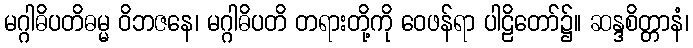
မဂ္ဂါဓိပတိဓမ္မ ဝိဘဇနေ၊ မဂ္ဂါဓိပတိ တရားတို့ကို ဝေဖန်ရာ ပါဠိတော်၌။ ဆန္ဒစိတ္တာနံ၊